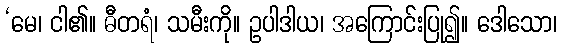
‘မေ၊ ငါ၏။ ဓီတရံ၊ သမီးကို။ ဥပါဒါယ၊ အကြောင်းပြု၍။ ဒေါသော၊